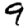
Digit: 9